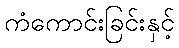
ကံကောင်းခြင်းနှင့်